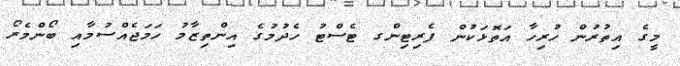
މީގެ އިތުރުން ހުރިހާ އަތޮޅަކުން ފެރިޓިންގ ޓެސްޓު ހެދުމުގެ އިންތިޒާމު ހަމަޖެއްސުމާއި ބޯންމެރޯ